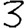
Digit: 3